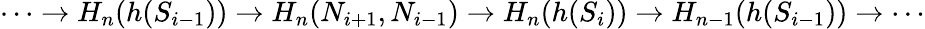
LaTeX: \begin{array}{r}{\dots\to H_{n}(h(S_{i-1}))\to H_{n}(N_{i+1},N_{i-1})\to H_{n}(h(S_{i}))\to H_{n-1}(h(S_{i-1}))\to\cdots}\end{array}